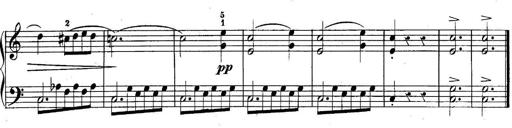
Title: 10 Sonatines progressives
Composer: Anton Schmoll